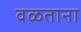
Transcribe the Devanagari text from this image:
वळताना